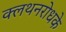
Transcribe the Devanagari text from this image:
क्लथनरोधके